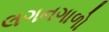
લગનગાળો